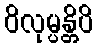
ဝိလုမ္ပန္တိပိ